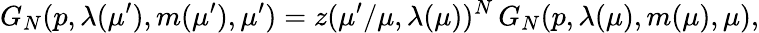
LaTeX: G_{N}(p,\lambda(\mu^{\prime}),m(\mu^{\prime}),\mu^{\prime})=z(\mu^{\prime}/\mu,\lambda(\mu))^{N}\, G_{N}(p,\lambda(\mu),m(\mu),\mu),